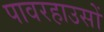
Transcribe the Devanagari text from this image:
पावरहाउसों